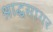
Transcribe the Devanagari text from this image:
श्राद्धसागर